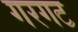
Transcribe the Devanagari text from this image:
गरगट